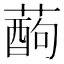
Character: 𮑄